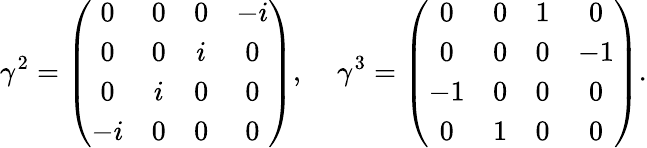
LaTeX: \gamma^{2}=\left({\begin{array}{cccc}{0}&{0}&{0}&{-i}\\ {0}&{0}&{i}&{0}\\ {0}&{i}&{0}&{0}\\ {-i}&{0}&{0}&{0}\end{array}}\right),\; \; \; \; \gamma^{3}=\left({\begin{array}{cccc}{0}&{0}&{1}&{0}\\ {0}&{0}&{0}&{-1}\\ {-1}&{0}&{0}&{0}\\ {0}&{1}&{0}&{0}\end{array}}\right).